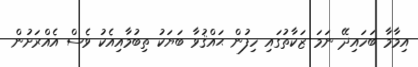
އިމާމާ ބަހައިދޭ ނަމަ ޒަކާތުގައި ހިފުން ޙައްޤުވާ ބަޔަކު ތިބުމާއިއެކު ވެސް އެއްރަށުން